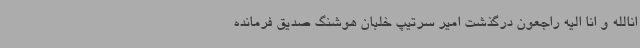
انالله و انا الیه راجعون درگذشت امیر سرتیپ خلبان هوشنگ صدیق فرمانده